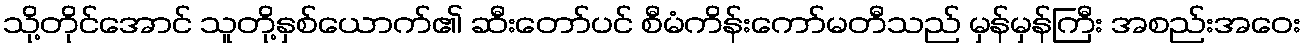
သို့တိုင်အောင် သူတို့နှစ်ယောက်၏ ဆီးတော်ပင် စီမံကိန်းကော်မတီသည် မှန်မှန်ကြီး အစည်းအဝေး